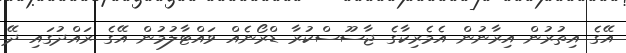
އޭގެ އިތުރުން އިރާނުން އެމެރިކާގެ ޖާސޫސްކުރާ ޑްރޯނެއް ވައްޓާލުމުން އޭގެ ރައްދުގައި ދޭ